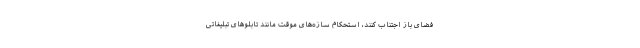
فضای باز اجتناب کنند، استحکام سازه‌های موقت مانند تابلوهای تبلیغاتی